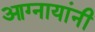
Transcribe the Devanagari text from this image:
आग्नायांनी